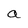
Character: a